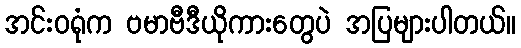
အင်းဝရုံက ဗမာဗီဒီယိုကားတွေပဲ အပြများပါတယ်။